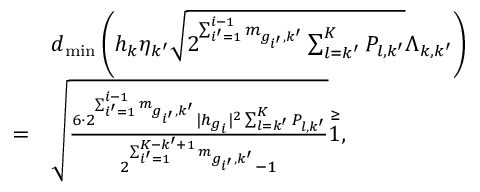
\begin{array} { r l } & { d _ { \operatorname* { m i n } } \left( h _ { k } \eta _ { k ^ { \prime } } \sqrt { 2 ^ { \sum _ { i ^ { \prime } = 1 } ^ { i - 1 } m _ { g _ { i ^ { \prime } } , k ^ { \prime } } } \sum _ { l = k ^ { \prime } } ^ { K } P _ { l , k ^ { \prime } } } \Lambda _ { k , k ^ { \prime } } \right) } \\ { = } & { \sqrt { \frac { 6 \cdot 2 ^ { \sum _ { i ^ { \prime } = 1 } ^ { i - 1 } m _ { g _ { i ^ { \prime } } , k ^ { \prime } } } | h _ { g _ { i } } | ^ { 2 } \sum _ { l = k ^ { \prime } } ^ { K } P _ { l , k ^ { \prime } } } { 2 ^ { \sum _ { i ^ { \prime } = 1 } ^ { K - k ^ { \prime } + 1 } m _ { g _ { i ^ { \prime } } , k ^ { \prime } } } - 1 } } \overset { \geq } 1 , } \end{array}